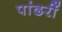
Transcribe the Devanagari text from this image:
पांढरीं